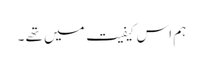
ہم اس کیفیت میں تھے ۔